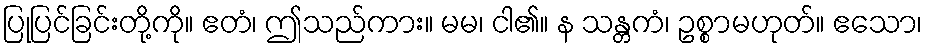
ပြုပြင်ခြင်းတို့ကို။ ဧတံ၊ ဤသည်ကား။ မမ၊ ငါ၏။ န သန္တကံ၊ ဥစ္စာမဟုတ်။ ဧသော၊